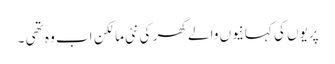
پریوں کی کہانیوں والے گھر کی نئی مالکن اب وہ تھی ۔